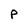
Character: P